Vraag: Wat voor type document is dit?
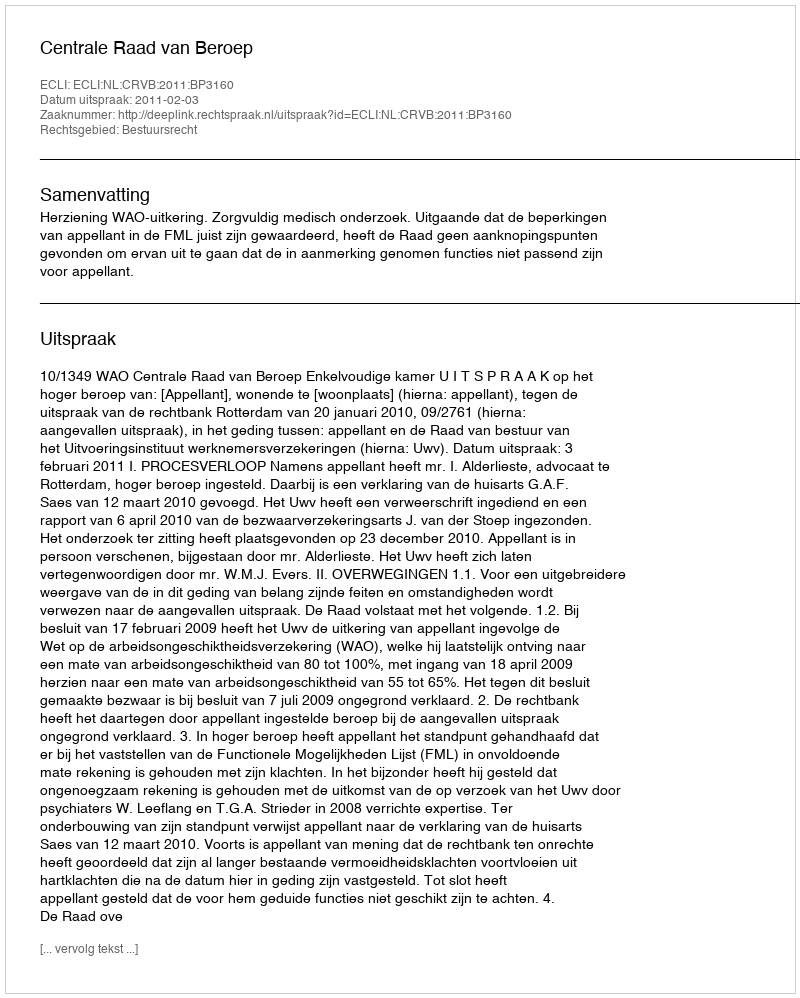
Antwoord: Uitspraak